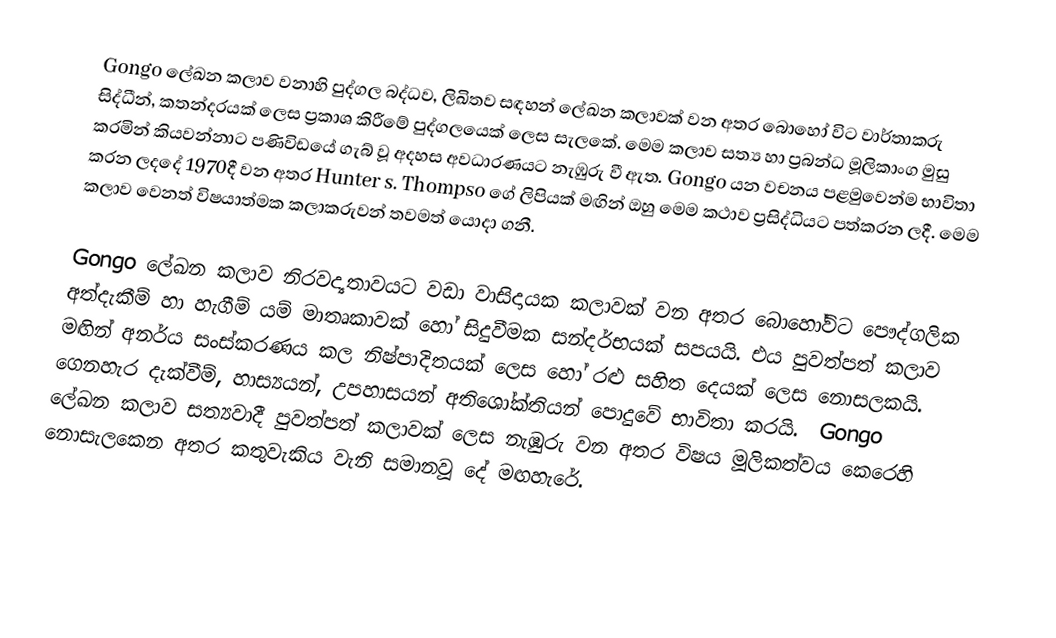
Gongo ලේඛන කලාව වනාහි පුද්ගල බද්ධව, ලිඛිතව සඳහන් ලේඛන කලාවක් වන අතර බොහෝ විට වාර්තාකරු සිද්ධීන්, කතන්දරයක්‍ ලෙස ප්‍රකාශ කිරීමේ පුද්ගලයෙක් ලෙස සැලකේ.  මෙම කලාව සත්‍ය හා ප්‍රබන්ධ මූලිකාංග මුසු කරමින් කියවන්නාට පණිවිඩයේ ගැබ් වූ අදහස අවධාරණයට නැඹුරු වී ඇත. Gongo යන වචනය පළමුවෙන්ම භාවිතා කරන ලදදේ 1970දී වන අතර Hunter s. Thompso ගේ ලිපියක් මඟින් ඔහු මෙම කථාව ප්‍රසිද්ධියට පත්කරන ලදී.  මෙම කලාව වෙනත් විෂයාත්මක කලාකරුවන් තවමත් යොදා ගනී.

Gongo ලේඛන කලාව නිරවද්‍යතාවයට වඩා වාසිදායක කලාවක් වන අතර බොහෝවිට පෞද්ගලික අත්දැකීම් හා හැගීම් යම් මාතෘකාවක් හෝ සිදුවීමක සන්දර්භයක් සපයයි.  එය පුවත්පත් කලාව මඟින් අනර්ය සංස්කරණය කල නිෂ්පාදිතයක් ලෙස හෝ රළු සහිත දෙයක් ලෙස නොසලකයි.  ගෙනහැර දැක්වීම්, හාස්‍යයන්, උපහාසයන් අතිශෝක්තියන් පොදුවේ භාවිතා කරයි.  ‍ Gongo ලේඛන කලාව සත්‍යවාදී පුවත්පත් කලාවක් ලෙස නැඹුරු වන අතර විෂය මූලිකත්වය කෙරෙහි නොසැලකෙන අතර කතුවැකිය වැනි සමානවූ දේ මඟහැරේ.